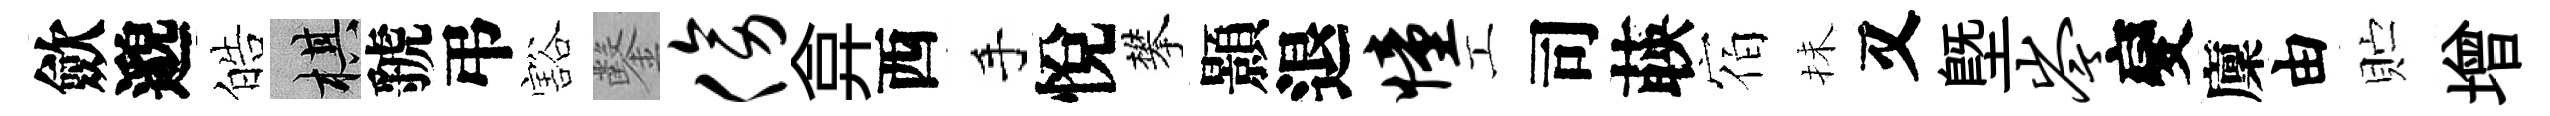
歛邈皓棋虢弔豁鑿傍弇西手悅攀顥退憧工司𦴤宿抺又塈岑變廩由贮增